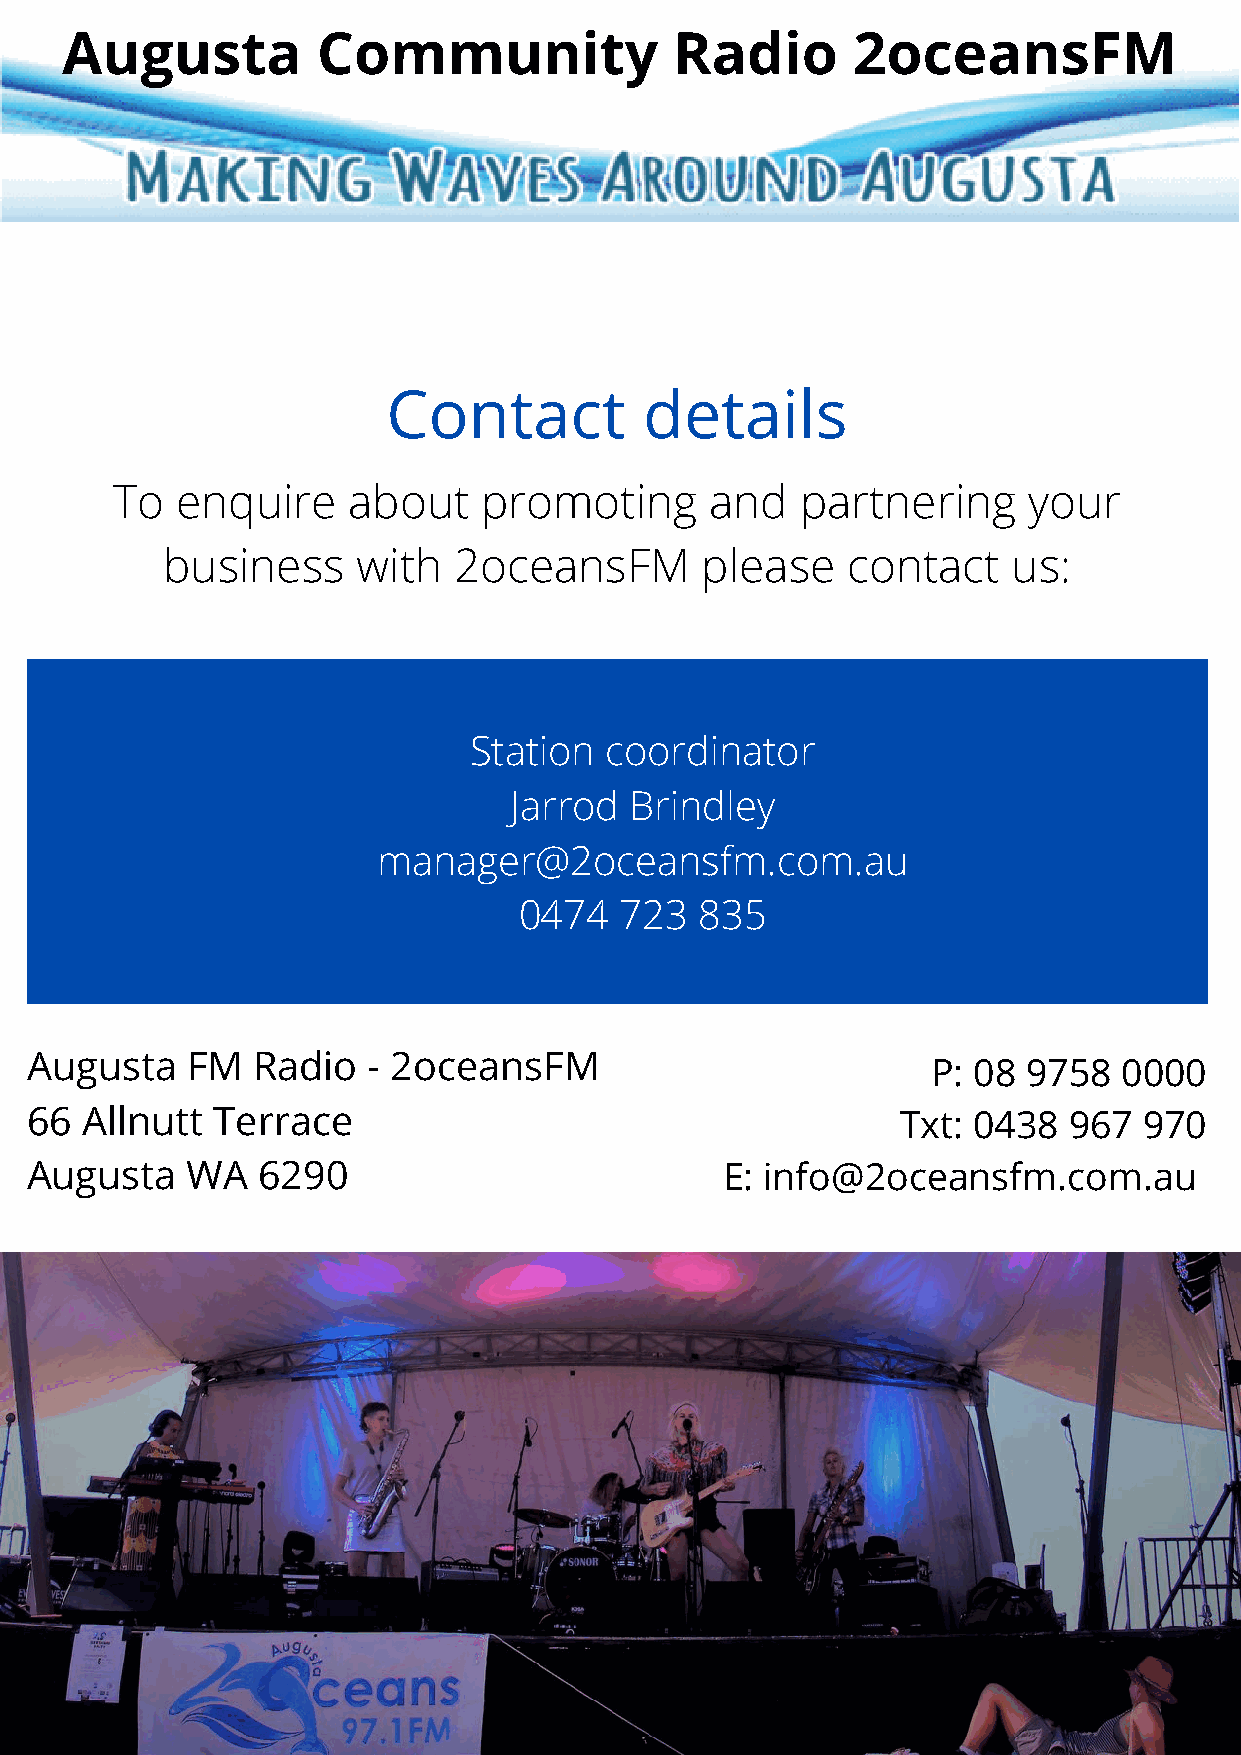
Augusta          Community               Radio      2oceansFM
 Contact          details
 To   enquire    about    promoting      and   partnering     your
 business     with  2oceansFM       please    contact    us:
 Station  coordinator
 Jarrod  Brindley
 manager@2oceansfm.com.au
 0474   723  835
 Augusta   FM   Radio  - 2oceansFM
 P: 08 9758  0000
 66 Allnutt  Terrace                                       Txt: 0438  967  970
 Augusta   WA   6290                           E: info@2oceansfm.com.au